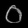
Digit: ၀